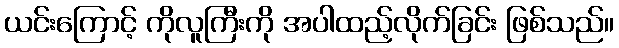
ယင်းကြောင့် ကိုလူကြီးကို အပါထည့်လိုက်ခြင်း ဖြစ်သည်။